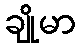
ချိုမာ